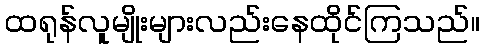
ထရုန်လူမျိုးများလည်းနေထိုင်ကြသည်။